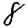
Digit: 8